65_HS1-834228961_62-HQ-83894_SUB_A
Agency: FBI
Page 79
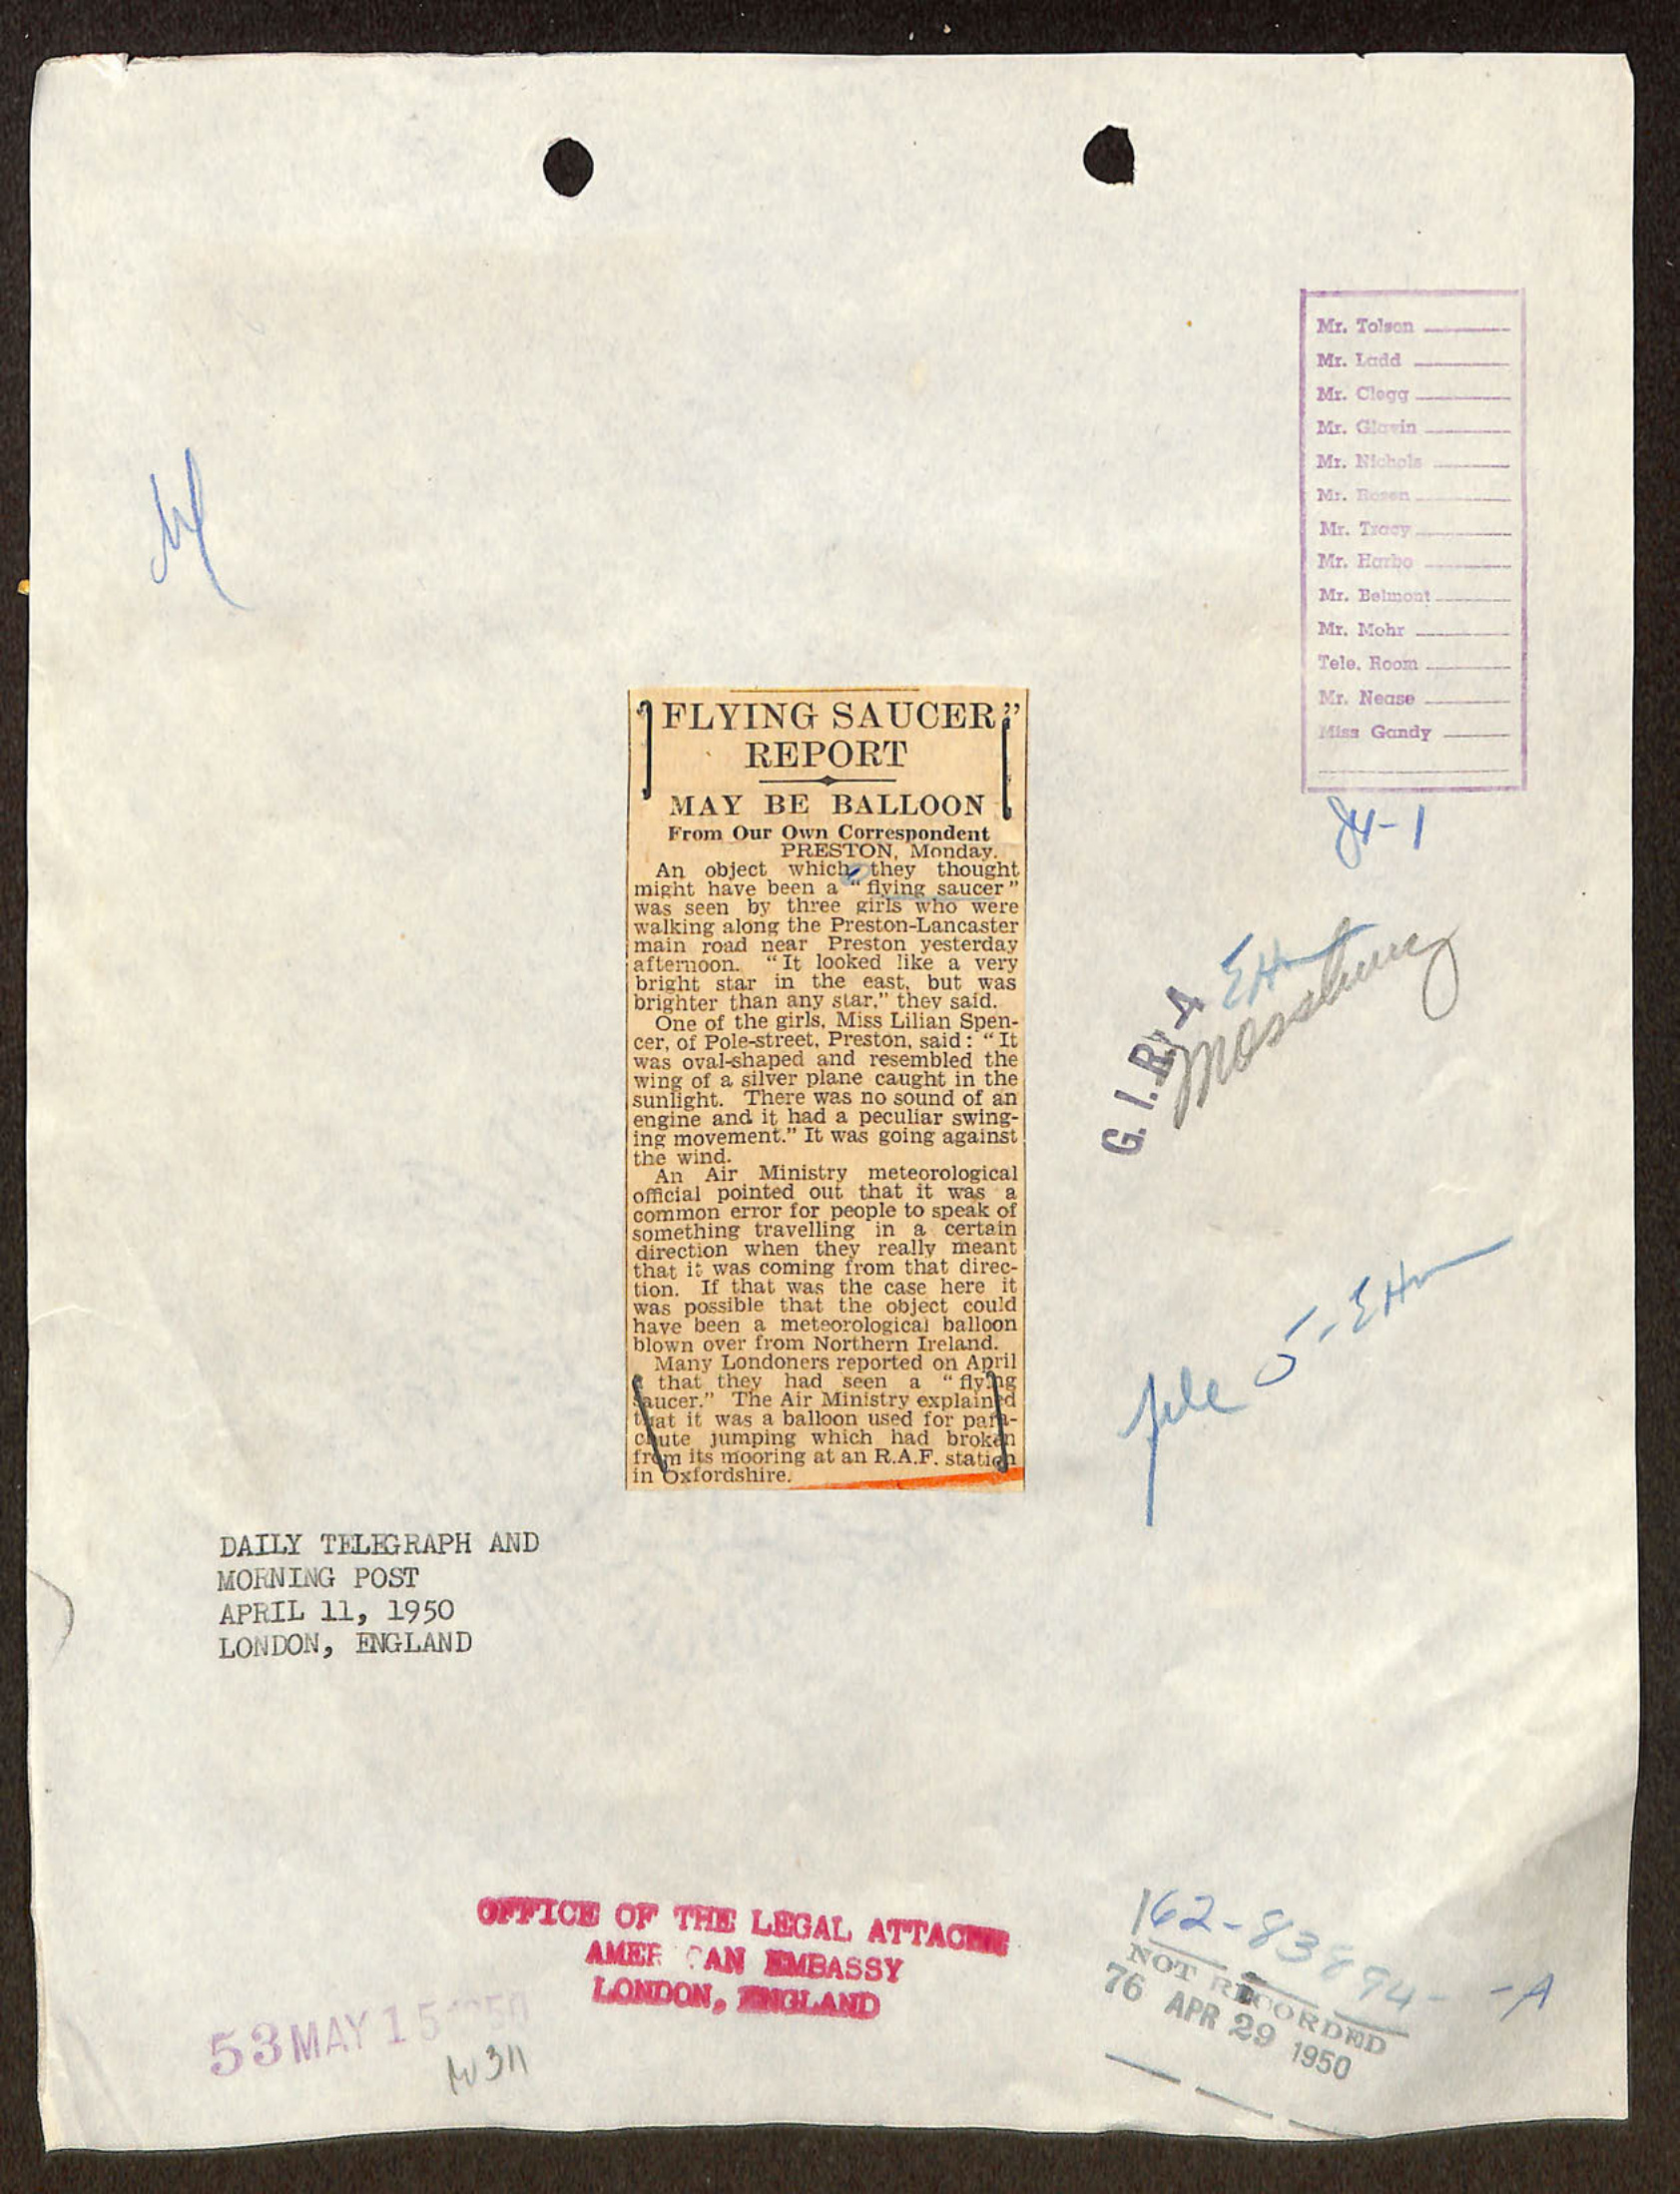